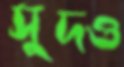
সুদও